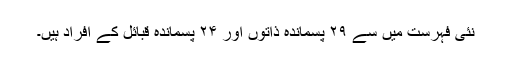
نئی فہرست میں سے ۲۹ پسماندہ ذاتوں اور ۲۴ پسماندہ قبائل کے افراد ہیں۔